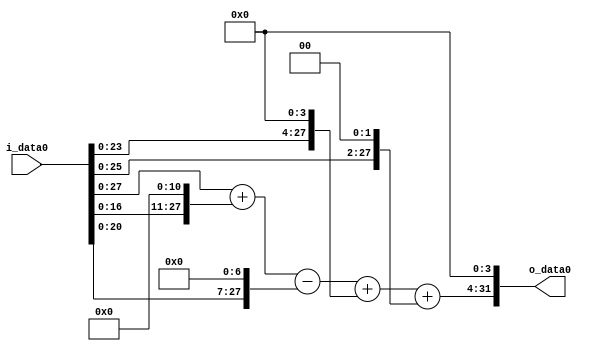
module multiplier_block (
    i_data0,
    o_data0
);

  // Port mode declarations:
  input   [31:0] i_data0;
  output  [31:0]
    o_data0;

  //Multipliers:

  wire [31:0]
    w1,
    w2048,
    w2049,
    w128,
    w1921,
    w16,
    w1937,
    w4,
    w1941,
    w31056;

  assign w1 = i_data0;
  assign w128 = w1 << 7;
  assign w16 = w1 << 4;
  assign w1921 = w2049 - w128;
  assign w1937 = w1921 + w16;
  assign w1941 = w1937 + w4;
  assign w2048 = w1 << 11;
  assign w2049 = w1 + w2048;
  assign w31056 = w1941 << 4;
  assign w4 = w1 << 2;

  assign o_data0 = w31056;

  //multiplier_block area estimate = 6127.22886984412;
endmodule